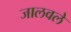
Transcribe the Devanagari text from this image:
जालवले